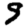
Digit: 9